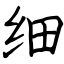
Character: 细